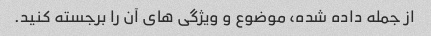
از جمله داده شده، موضوع و ویژگی های آن را برجسته کنید.